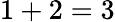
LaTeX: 1+2=3